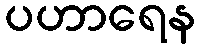
ပဟာရေန